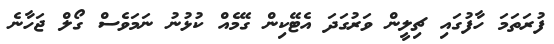
ފުރަތަމަ ހާފުގައި ޗިލީން ވަރުގަދަ އެޓޭކިން ގޭމެއް ކުޅުނު ނަމަވެސް ގޯލް ޖަހާނެ